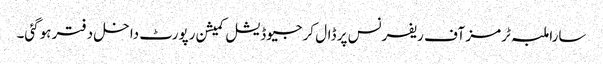
سارا ملبہ ٹرمز آف ریفرنس پر ڈال کر جیوڈیشل کمیشن رپورٹ داخل دفتر ہوگئی۔